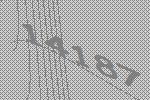
14187